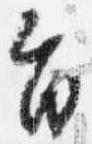
旨